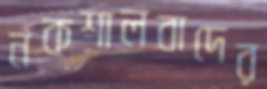
নকশালবাদের